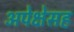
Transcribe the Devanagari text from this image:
अपेक्षेसह